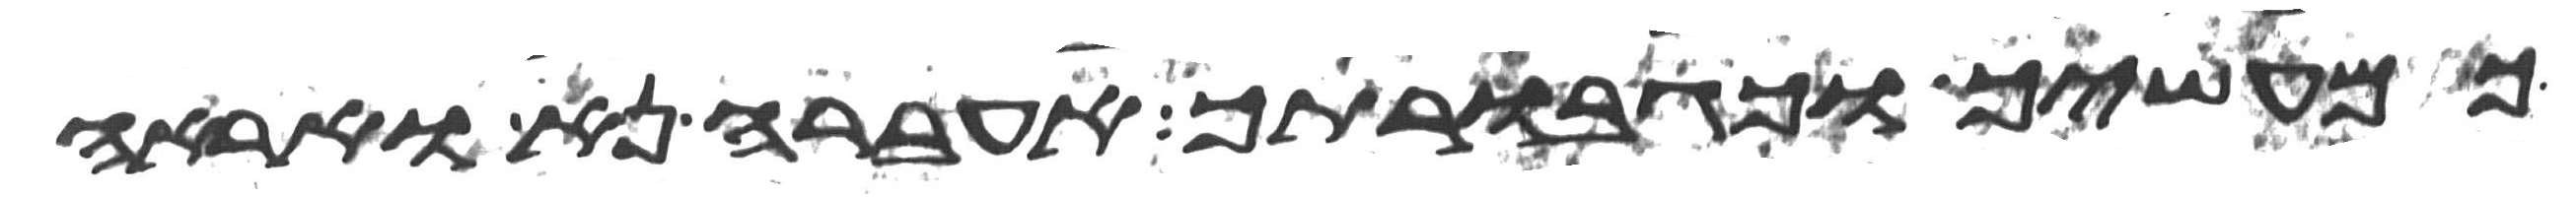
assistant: כמעשיך וכגבורתיך אעבר נא ואראה